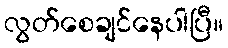
လွတ်စေချင်နေပါပြီ။